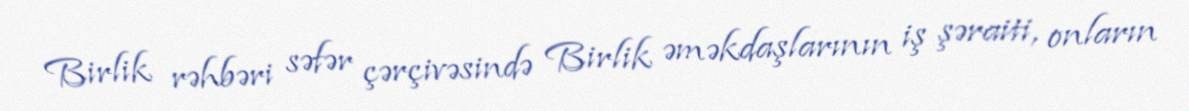
Birlik rəhbəri səfər çərçivəsində Birlik əməkdaşlarının iş şəraiti, onların